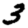
Digit: 3